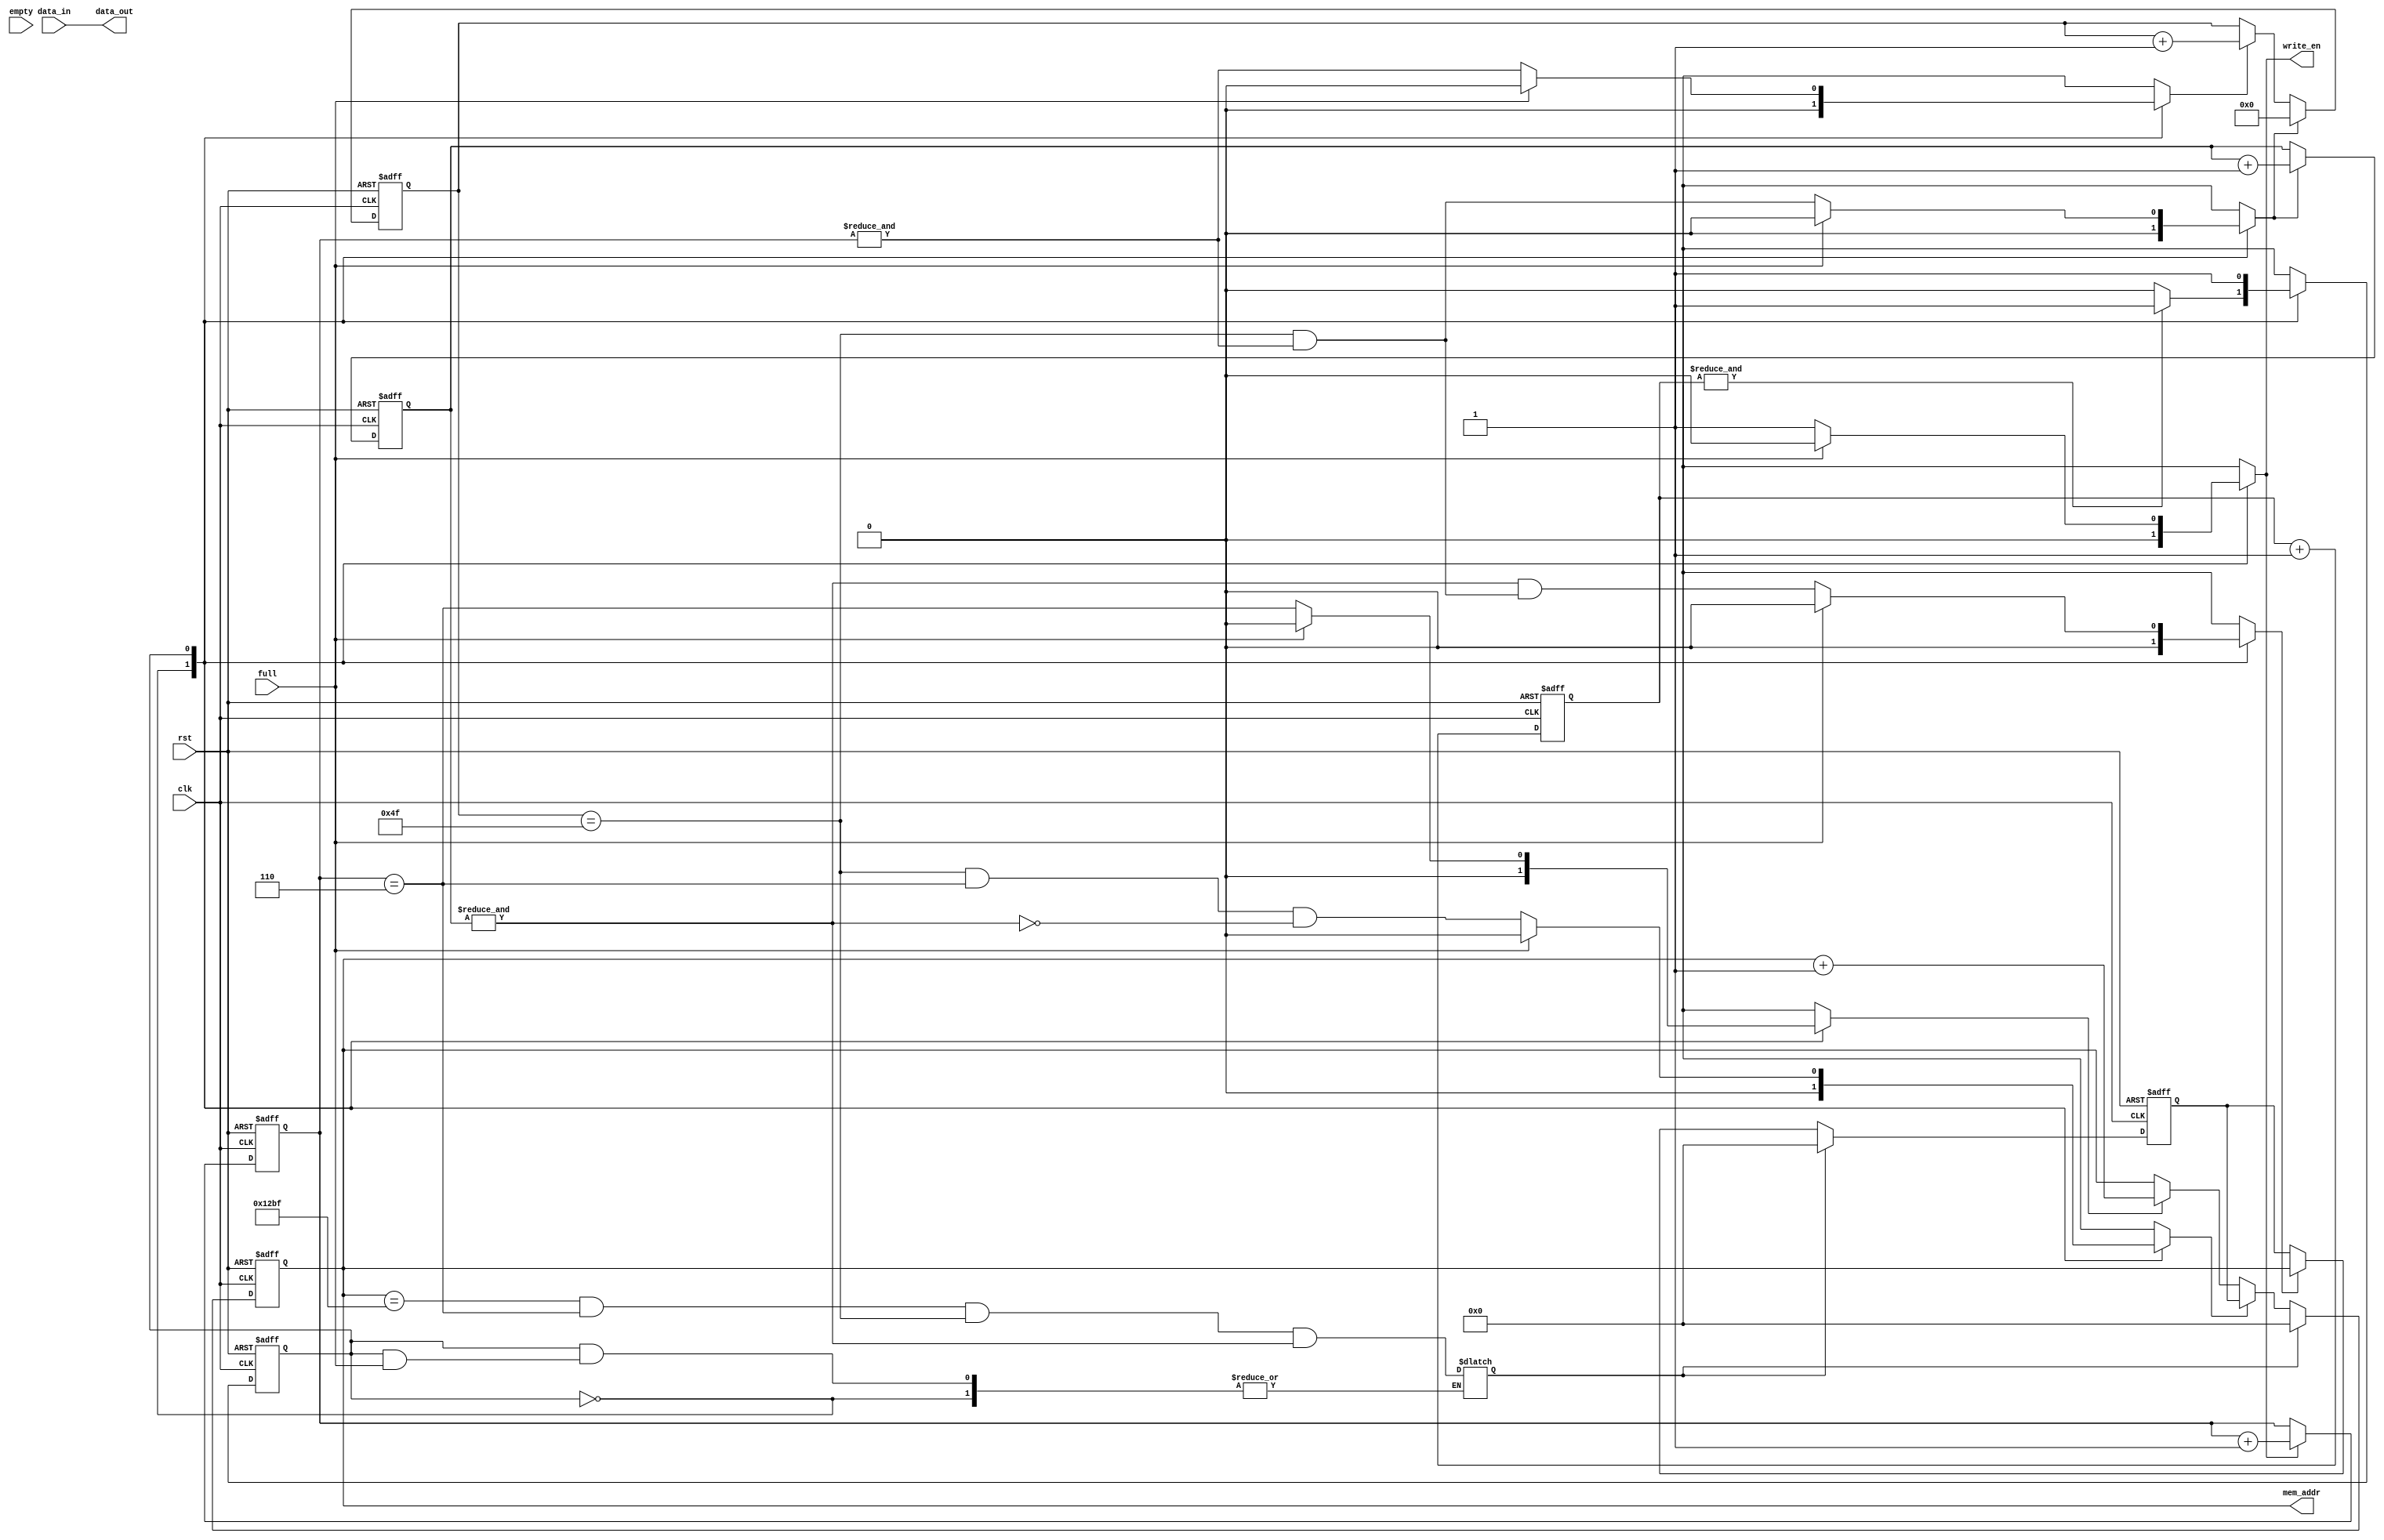
`timescale 1ns / 1ps
//////////////////////////////////////////////////////////////////////////////////
// Company: ECE554
// 
// Design Name: 
// Module Name:    display_pane 
// Project Name: Miniproject 2 - VGA
// Target Devices: Virtex-5
// Tool versions: 
// Description: 
//
// Dependencies: 
//
// Revision: 
// Revision 0.01 - File Created
// Additional Comments: 
// Write data to FIFO from ROM. Operates at 100MHz
//////////////////////////////////////////////////////////////////////////////////
module display_pane(
    input clk,
    input rst,
    input [23:0] data_in,
    input empty,
    input full,
    output reg write_en,
    output [12:0] mem_addr,
    output [23:0] data_out
    );
	
	// States
	localparam WAIT = 1'b0;
	localparam LOAD = 1'b1;

	// Flop registers
	reg [2:0] h_count, v_count;
	reg [7:0] x_count;
	reg [12:0] curr_addr, start_addr;

	// Control Signals
	reg rst_curr_addr, rst_x_count, rst_back_door, rst_addr;
	reg inc_curr_addr, inc_v_count, inc_x_count, inc_h_count;
	reg load_start_addr;

	// Wait counter for initialization
	reg [15:0] back_door;

	reg state, nxt_state;
	
	///////////
	// FLOPS //
	///////////
	always @ (posedge clk, posedge rst)
		if(rst)
			state <= 0;
		else
			state <= nxt_state;

	always @ (posedge clk, posedge rst)
		if(rst)
			curr_addr <= 13'h0;
		else if(rst_addr)
			curr_addr <= 13'h0;
		else if(rst_curr_addr)
			curr_addr <= start_addr;
		else if(inc_curr_addr)
			curr_addr <= curr_addr + 1;

	always @ (posedge clk, posedge rst)
		if(rst)
			start_addr <= 13'h0;
		else if(rst_addr)
			start_addr <= 13'h0;
		else if(load_start_addr)
			start_addr <= curr_addr;

	always @ (posedge clk, posedge rst)
		if(rst)
			h_count <= 4'h0;
		else if(inc_h_count)
			h_count <= h_count + 1;

	always @ (posedge clk, posedge rst)
		if(rst)
			v_count <= 4'h0;
		else if(inc_v_count)
			v_count <= v_count + 1;

	always @ (posedge clk, posedge rst)
		if(rst)
			x_count <= 8'h00;
		else if(rst_x_count)
			x_count <= 8'h00;
		else if(inc_x_count)
			x_count <= x_count + 1;

	always @ (posedge clk, posedge rst)
		if(rst)
			back_door <= 16'h0;
		else if(rst_back_door)
			back_door <= 16'h0;
		else
			back_door <= back_door + 1;

	// Assignments for outputs
	assign data_out = data_in;
	assign mem_addr = curr_addr;

	// State Machine
	always @ (*) begin
		// Initialization
		nxt_state = WAIT;
		rst_curr_addr = 0;
		rst_x_count = 0;
		inc_curr_addr = 0;
		inc_v_count = 0; 
		inc_x_count = 0; 
		inc_h_count = 0;
		load_start_addr = 0;
		write_en = 0;
		rst_back_door = 0;

		case(state)
			// Initialize FIFO 
			WAIT : begin
				if(&back_door)
					nxt_state = LOAD;
			end
			// Write data to FIFO
			LOAD : begin
				if(~full) begin
					// Always Set
					nxt_state = LOAD;
					write_en = 1;
					inc_h_count = 1;
					
					rst_x_count = (x_count == 8'h4f) & (&h_count); // Reset after a row is finished
					inc_curr_addr = (h_count == 4'h6); // Increase Address (Pre-Load 1 clock cycle before)
					rst_curr_addr = (x_count == 8'h4f) & inc_curr_addr & ~(&v_count); // Reset to the start of a row

					inc_x_count = &h_count; // End of Row
					inc_v_count = rst_x_count; // Repeated 8 Rows
 
					load_start_addr = (&v_count) & rst_x_count; // Load initial start of row (Stored in Start Address)
					
					rst_addr = (curr_addr == 13'h12bf) & inc_curr_addr & (x_count == 8'h4f) & (&v_count); // Reset Address at end of Picture (4800)
				end
				else begin
					nxt_state = LOAD;
				end
			end
		endcase
	end	
endmodule